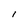
Character: 1